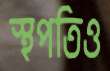
স্থপতিও